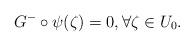
LaTeX: \begin{align*}G^-\circ \psi(\zeta)=0,\forall \zeta\in U_0.\end{align*}